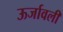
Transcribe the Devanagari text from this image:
ऊर्जावली